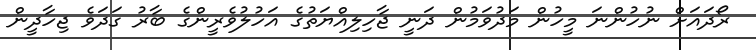
ރޯދައަށް ނުހުންނަ މީހުން މަދުވަމުން ދަނީ ޖާހިލިއްޔަތުގެ އަހުލުވެރީންގެ ބާރު ގަދަވެ ޖިހާދީން